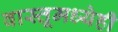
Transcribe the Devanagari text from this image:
वास्तूमध्येही